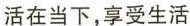
活在当下，享受生活